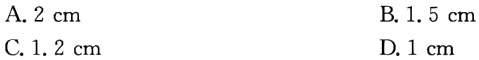
A. \(2\mathrm{cm}\)
B. \(1.5\mathrm{cm}\)
C. \(1.2\mathrm{cm}\)
D. \(1\mathrm{cm}\)